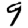
Digit: 9